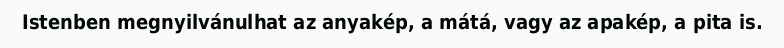
Istenben megnyilvánulhat az anyakép, a mátá, vagy az apakép, a pita is.